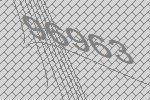
96963